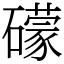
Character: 礞